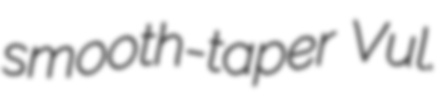
smooth-taper Vul.